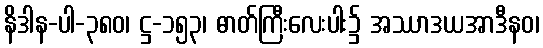
နိဒါန-ပါ-၃၈၀၊ ဋ္ဌ-၁၅၃၊ ဓာတ်ကြီးလေးပါး၌ အဿာဒယအာဒီနဝ၊